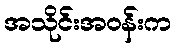
အသိုင်းအဝန်းက